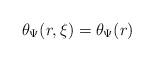
LaTeX: \begin{align*}\theta_{\Psi}(r,\xi) = \theta_{\Psi}(r)\end{align*}